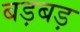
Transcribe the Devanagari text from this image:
बड़बड़